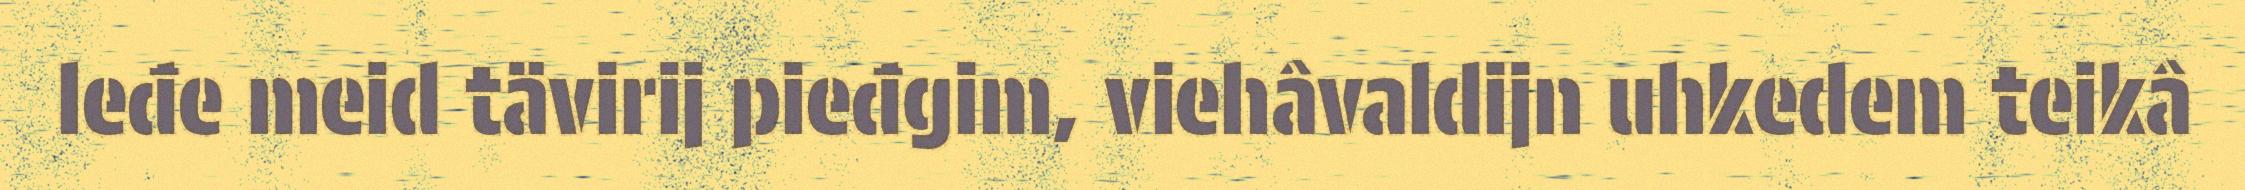
leđe meid tävirij pieđgim, viehâvaldijn uhkedem teikâ